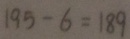
1 9 5 - 6 = 1 8 9